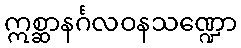
ဣစ္ဆာနင်္ဂလဝနသဏ္ဍော